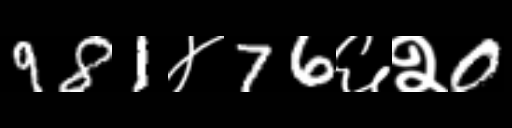
Text: 981४76६२0